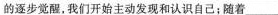
的逐步觉醒，我们开始主动发现和认识自己；随着___